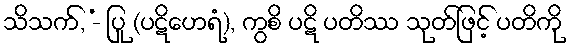
သိသက်, -ံ ပြု (ပဋိဟေရံ), ကွစိ ပဋိ ပတိဿ သုတ်ဖြင့် ပတိကို